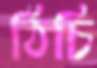
ঠিচি